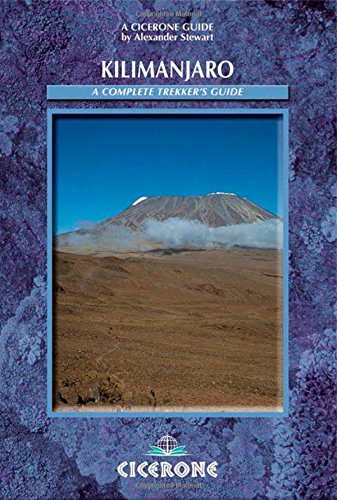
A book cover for Kilimanjaro: A Trekker's Guide (Cicerone Mountain Walking S); Alex Stewart; Sports & Outdoors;